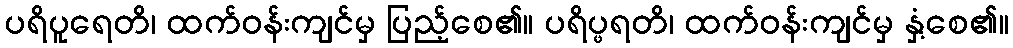
ပရိပူရေတိ၊ ထက်ဝန်းကျင်မှ ပြည့်စေ၏။ ပရိပ္ဖရတိ၊ ထက်ဝန်းကျင်မှ နှံ့စေ၏။